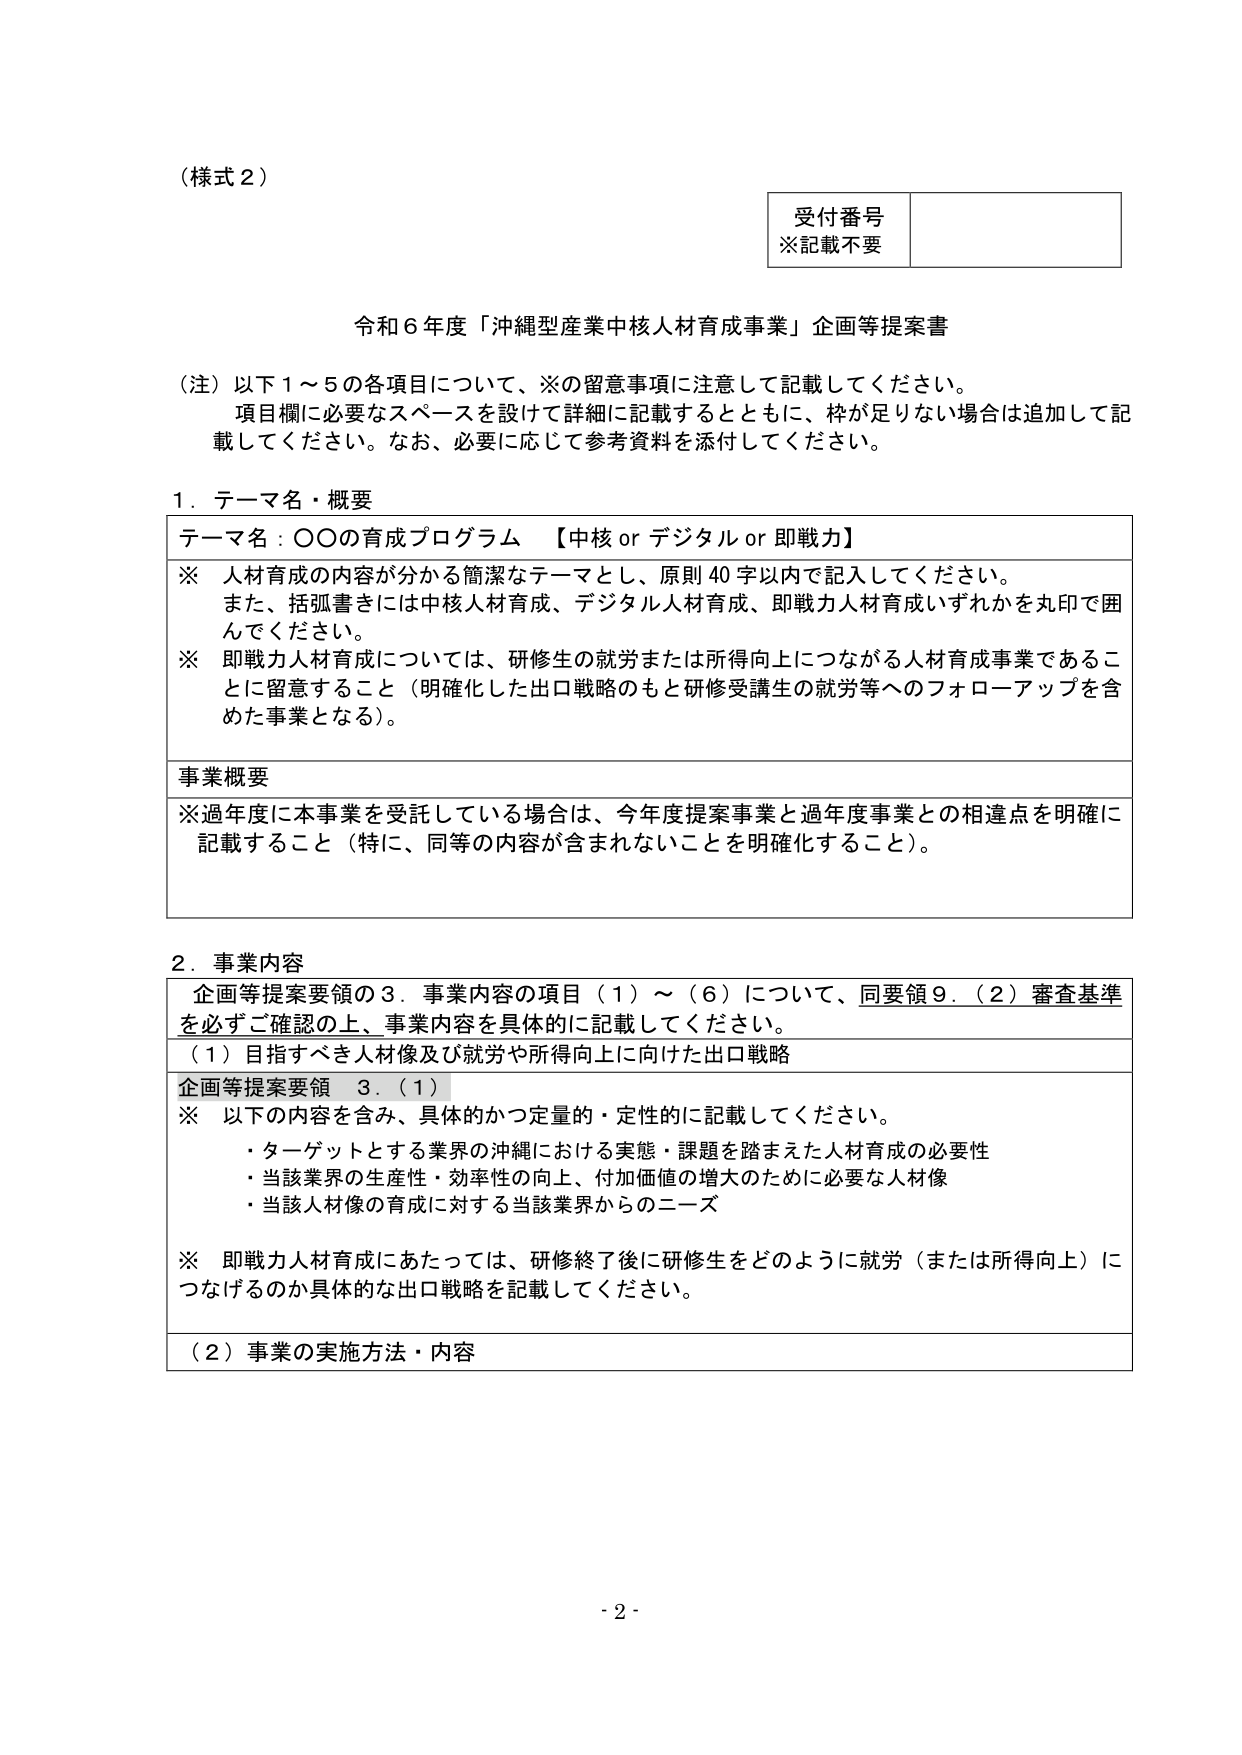
（様式２）

受付番号
※記載不要

令和６年度「沖縄型産業中核人材育成事業」企画等提案書

（注）以下１～５の各項目について、※の留意事項に注意して記載してください。
　　項目欄に必要なスペースを設けて詳細に記載するとともに、枠が足りない場合は追加して記
　　載してください。なお、必要に応じて参考資料を添付してください。

１．テーマ名・概要

テーマ名：○○の育成プログラム 【中核 or デジタル or 即戦力】

※　人材育成の内容が分かる簡潔なテーマとし、原則40字以内で記入してください。
　　また、括弧書きには中核人材育成、デジタル人材育成、即戦力人材育成いずれかを丸印で囲
　　んでください。
※　即戦力人材育成については、研修生の就労または所得向上につながる人材育成事業であるこ
　　とに留意すること（明確化した出口戦略のもと研修受講生の就労等へのフォローアップを含
　　めた事業となる）。

事業概要

※過年度に本事業を受託している場合は、今年度提案事業と過年度事業との相違点を明確に
　記載すること（特に、同等の内容が含まれないことを明確化すること）。

２．事業内容

企画等提案要領の３．事業内容の項目（１）～（６）について、同要領９．（２）審査基準
を必ずご確認の上、事業内容を具体的に記載してください。

（１）目指すべき人材像及び就労や所得向上に向けた出口戦略

企画等提案要領　３．（１）

※　以下の内容を含み、具体的かつ定量的・定性的に記載してください。
　　・ターゲットとする業界の沖縄における実態・課題を踏まえた人材育成の必要性
　　・当該業界の生産性・効率性の向上、付加価値の増大のために必要な人材像
　　・当該人材像の育成に対する当該業界からのニーズ

※　即戦力人材育成にあたっては、研修終了後に研修生をどのように就労（または所得向上）に
　　つなげるのか具体的な出口戦略を記載してください。

（２）事業の実施方法・内容

- 2 -